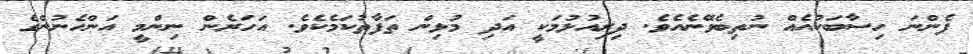
ފެންނަ ހިސާބަކުއެއް ނުތިބެވޭނެއެވެ. ދިރިއުޅުމަކީ އަދި މުޅިން ތަފާތުކަމެކެވެ. އަހަރެން ނިންމީ އަންހެނުންގެ